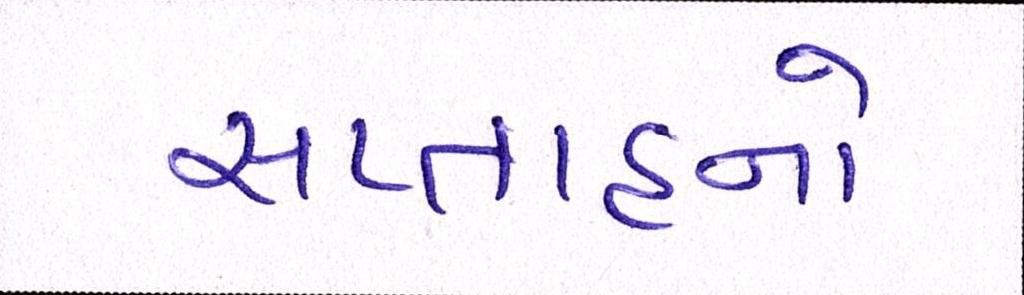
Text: સપ્તાહનો